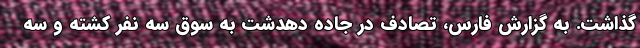
گذاشت. به گزارش فارس، تصادف در جاده دهدشت به سوق سه نفر کشته و سه